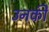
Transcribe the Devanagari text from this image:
उनकीे